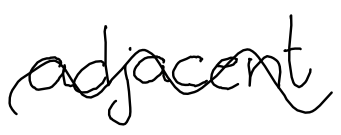
Text: adjacent
Cross-out: wave
Writing tool: digital_black